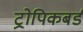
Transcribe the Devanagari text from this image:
ट्रोपिकबर्ड